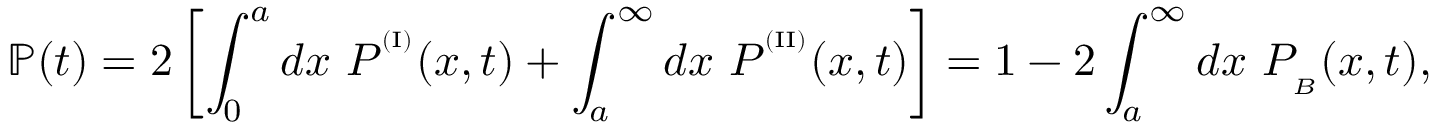
\mathbb { P } ( t ) = 2 \left[ \int _ { 0 } ^ { a } d x \ P ^ { ^ { ( \mathrm { I } ) } } ( x , t ) + \int _ { a } ^ { \infty } d x \ P ^ { ^ { ( \mathrm { I I } ) } } ( x , t ) \right] = 1 - 2 \int _ { a } ^ { \infty } d x \ P _ { _ B } ( x , t ) ,